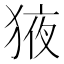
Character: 𭸕